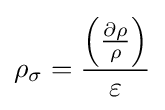
\rho _{\sigma }={\frac {\left({\frac {\partial \rho }{\rho }}\right)}{\varepsilon }}